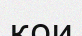
кои